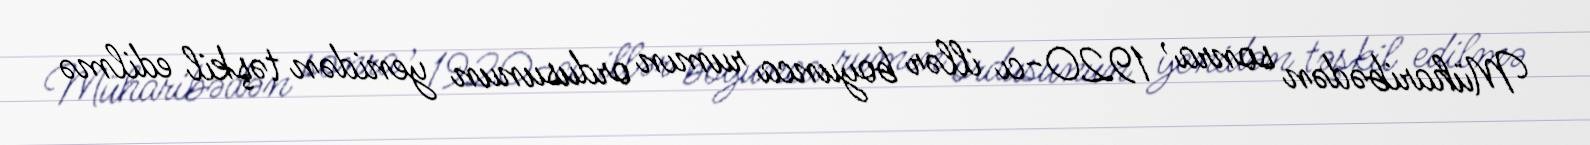
Müharibədən sonra , 1920-cı illər boyunca rumın ordusunun yenidən təşkil edilmə